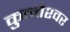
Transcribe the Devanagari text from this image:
कुन्‍तेश्‍वर